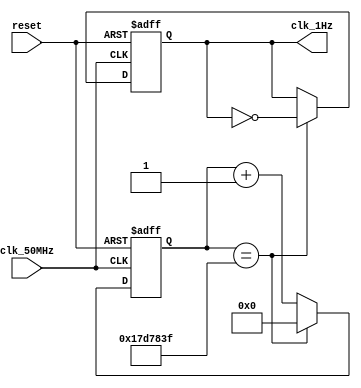
`timescale 1ns / 1ps

module oneHz_gen(
    input clk_50MHz,
    input reset,
    output clk_1Hz
    );
    
    reg [25:0] ctr_reg = 0; // 26 bits to cover 25000000
    reg clk_out_reg = 0;
    
    always @(posedge clk_50MHz or posedge reset)
        if(reset) begin
            ctr_reg <= 0;
            clk_out_reg <= 0;
        end
		  else
            if(ctr_reg == 24999999) begin  // 50MHz / 1Hz / 2 = 25,000,000
                ctr_reg <= 0;
                clk_out_reg <= ~clk_out_reg;
            end
            else
                ctr_reg <= ctr_reg + 1;
    
    assign clk_1Hz = clk_out_reg;
    
endmodule